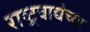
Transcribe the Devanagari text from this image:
राष्ट्रवाद्यंच्या